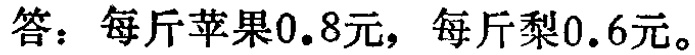
答：每斤苹果\(0.8\)元，每斤梨\(0.6\)元。